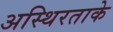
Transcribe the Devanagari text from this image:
अस्थिरताके